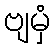
ဗျမှံ